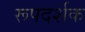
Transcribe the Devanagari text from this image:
रूपदर्शक